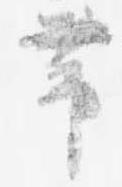
帯